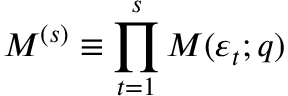
\boldsymbol { M } ^ { ( s ) } \equiv \prod _ { t = 1 } ^ { s } \boldsymbol { M } ( \varepsilon _ { t } ; \boldsymbol { q } )